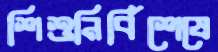
শিশুনির্বিশেষে